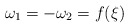
\begin{align*}\omega_1=-\omega_2=f(\xi)\end{align*}